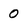
Character: 0